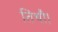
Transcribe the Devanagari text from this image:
तिथौ।